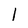
Character: 1